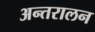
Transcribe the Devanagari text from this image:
अन्तरालन